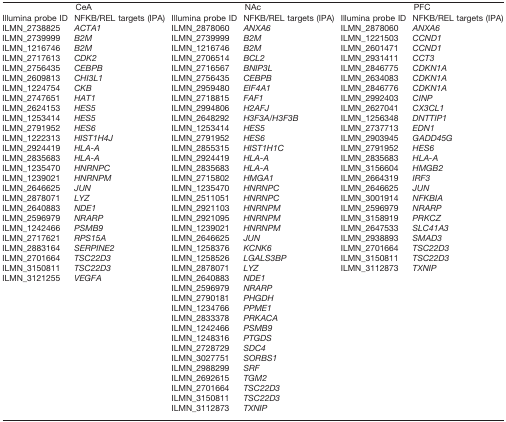
<table><thead><tr><td colspan="2"><b>CeA</b></td><td colspan="2"><b>NAc</b></td><td colspan="2"><b>PFC</b></td></tr><tr><td><b>Illumina probe ID</b></td><td><b>NFKB/REL targets (IPA)</b></td><td><b>Illumina probe ID</b></td><td><b>NFKB/REL targets (IPA)</b></td><td><b>Illumina probe ID</b></td><td><b>NFKB/REL targets (IPA)</b></td></tr></thead><tbody><tr><td>ILMN_2738825</td><td><i>ACTA1</i></td><td>ILMN_2878060</td><td><i>ANXA6</i></td><td>ILMN_2878060</td><td><i>ANXA6</i></td></tr><tr><td>ILMN_2739999</td><td><i>B2M</i></td><td>ILMN_2739999</td><td><i>B2M</i></td><td>ILMN_1221503</td><td><i>CCND1</i></td></tr><tr><td>ILMN_1216746</td><td><i>B2M</i></td><td>ILMN_1216746</td><td><i>B2M</i></td><td>ILMN_2601471</td><td><i>CCND1</i></td></tr><tr><td>ILMN_2717613</td><td><i>CDK2</i></td><td>ILMN_2706514</td><td><i>BCL2</i></td><td>ILMN_2931411</td><td><i>CCT3</i></td></tr><tr><td>ILMN_2756435</td><td><i>CEBPB</i></td><td>ILMN_2716567</td><td><i>BNIP3L</i></td><td>ILMN_2846775</td><td><i>CDKN1A</i></td></tr><tr><td>ILMN_2609813</td><td><i>CHI3L1</i></td><td>ILMN_2756435</td><td><i>CEBPB</i></td><td>ILMN_2634083</td><td><i>CDKN1A</i></td></tr><tr><td>ILMN_1224754</td><td><i>CKB</i></td><td>ILMN_2959480</td><td><i>EIF4A1</i></td><td>ILMN_2846776</td><td><i>CDKN1A</i></td></tr><tr><td>ILMN_2747651</td><td><i>HAT1</i></td><td>ILMN_2718815</td><td><i>FAF1</i></td><td>ILMN_2992403</td><td><i>CINP</i></td></tr><tr><td>ILMN_2624153</td><td><i>HES5</i></td><td>ILMN_2994806</td><td><i>H2AFJ</i></td><td>ILMN_2627041</td><td><i>CX3CL1</i></td></tr><tr><td>ILMN_1253414</td><td><i>HES5</i></td><td>ILMN_2648292</td><td><i>H3F3A/H3F3B</i></td><td>ILMN_1256348</td><td><i>DNTTIP1</i></td></tr><tr><td>ILMN_2791952</td><td><i>HES6</i></td><td>ILMN_1253414</td><td><i>HES5</i></td><td>ILMN_2737713</td><td><i>EDN1</i></td></tr><tr><td>ILMN_1222313</td><td><i>HIST1H4J</i></td><td>ILMN_2791952</td><td><i>HES6</i></td><td>ILMN_2903945</td><td><i>GADD45G</i></td></tr><tr><td>ILMN_2924419</td><td><i>HLA-A</i></td><td>ILMN_2855315</td><td><i>HIST1H1C</i></td><td>ILMN_2791952</td><td><i>HES6</i></td></tr><tr><td>ILMN_2835683</td><td><i>HLA-A</i></td><td>ILMN_2924419</td><td><i>HLA-A</i></td><td>ILMN_2835683</td><td><i>HLA-A</i></td></tr><tr><td>ILMN_1235470</td><td><i>HNRNPC</i></td><td>ILMN_2835683</td><td><i>HLA-A</i></td><td>ILMN_3156604</td><td><i>HMGB2</i></td></tr><tr><td>ILMN_1239021</td><td><i>HNRNPM</i></td><td>ILMN_2715802</td><td><i>HMGA1</i></td><td>ILMN_2664319</td><td><i>IRF3</i></td></tr><tr><td>ILMN_2646625</td><td><i>JUN</i></td><td>ILMN_1235470</td><td><i>HNRNPC</i></td><td>ILMN_2646625</td><td><i>JUN</i></td></tr><tr><td>ILMN_2878071</td><td><i>LYZ</i></td><td>ILMN_2511051</td><td><i>HNRNPC</i></td><td>ILMN_3001914</td><td><i>NFKBIA</i></td></tr><tr><td>ILMN_2640883</td><td><i>NDE1</i></td><td>ILMN_2921103</td><td><i>HNRNPM</i></td><td>ILMN_2596979</td><td><i>NRARP</i></td></tr><tr><td>ILMN_2596979</td><td><i>NRARP</i></td><td>ILMN_2921095</td><td><i>HNRNPM</i></td><td>ILMN_3158919</td><td><i>PRKCZ</i></td></tr><tr><td>ILMN_1242466</td><td><i>PSMB9</i></td><td>ILMN_1239021</td><td><i>HNRNPM</i></td><td>ILMN_2647533</td><td><i>SLC41A3</i></td></tr><tr><td>ILMN_2717621</td><td><i>RPS15A</i></td><td>ILMN_2646625</td><td><i>JUN</i></td><td>ILMN_2938893</td><td><i>SMAD3</i></td></tr><tr><td>ILMN_2883164</td><td><i>SERPINE2</i></td><td>ILMN_1258376</td><td><i>KCNK6</i></td><td>ILMN_2701664</td><td><i>TSC22D3</i></td></tr><tr><td>ILMN_2701664</td><td><i>TSC22D3</i></td><td>ILMN_1258526</td><td><i>LGALS3BP</i></td><td>ILMN_3150811</td><td><i>TSC22D3</i></td></tr><tr><td>ILMN_3150811</td><td><i>TSC22D3</i></td><td>ILMN_2878071</td><td><i>LYZ</i></td><td>ILMN_3112873</td><td><i>TXNIP</i></td></tr><tr><td>ILMN_3121255</td><td><i>VEGFA</i></td><td>ILMN_2640883</td><td><i>NDE1</i></td><td></td><td></td></tr><tr><td></td><td></td><td>ILMN_2596979</td><td><i>NRARP</i></td><td></td><td></td></tr><tr><td></td><td></td><td>ILMN_2790181</td><td><i>PHGDH</i></td><td></td><td></td></tr><tr><td></td><td></td><td>ILMN_1234766</td><td><i>PPME1</i></td><td></td><td></td></tr><tr><td></td><td></td><td>ILMN_2833378</td><td><i>PRKACA</i></td><td></td><td></td></tr><tr><td></td><td></td><td>ILMN_1242466</td><td><i>PSMB9</i></td><td></td><td></td></tr><tr><td></td><td></td><td>ILMN_1248316</td><td><i>PTGDS</i></td><td></td><td></td></tr><tr><td></td><td></td><td>ILMN_2728729</td><td><i>SDC4</i></td><td></td><td></td></tr><tr><td></td><td></td><td>ILMN_3027751</td><td><i>SORBS1</i></td><td></td><td></td></tr><tr><td></td><td></td><td>ILMN_2988299</td><td><i>SRF</i></td><td></td><td></td></tr><tr><td></td><td></td><td>ILMN_2692615</td><td><i>TGM2</i></td><td></td><td></td></tr><tr><td></td><td></td><td>ILMN_2701664</td><td><i>TSC22D3</i></td><td></td><td></td></tr><tr><td></td><td></td><td>ILMN_3150811</td><td><i>TSC22D3</i></td><td></td><td></td></tr><tr><td></td><td></td><td>ILMN_3112873</td><td><i>TXNIP</i></td><td></td><td></td></tr></tbody></table>